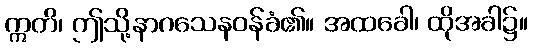
ဣတိ၊ ဤသို့နာဂသေနဝန်ခံ၏။ အထခေါ၊ ထိုအခါ၌။